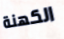
الكهنة